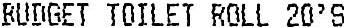
BUDGET TOILET ROLL 20'S